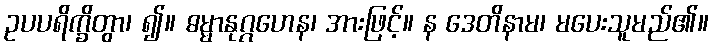
ဥပပရိက္ခိတွာ၊ ၍။ ဓမ္မာနုဂ္ဂဟေန၊ အားဖြင့်။ န ဒေတိနာမ၊ မပေးသူမည်၏။